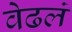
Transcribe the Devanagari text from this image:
वेढलं